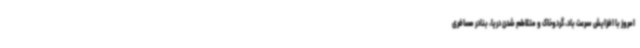
امروز با افزایش سرعت باد، گردوخاک و متلاطم شدن دریا، بنادر مسافری